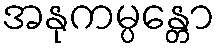
အနုကမ္ပန္တော